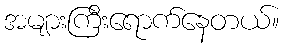
အများကြီးရောက်နေတယ်။